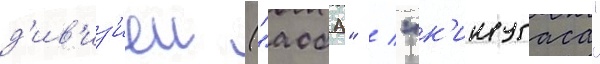
д'ив'из'иеи ("аоба" / "к'инугаса"